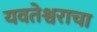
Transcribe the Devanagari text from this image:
यवतेश्वराचा